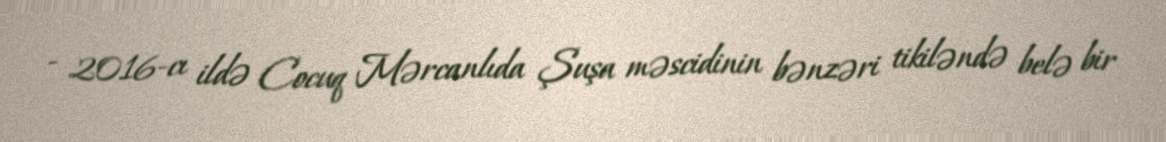
- 2016-cı ildə Cocuq Mərcanlıda Şuşa məscidinin bənzəri tikiləndə belə bir